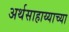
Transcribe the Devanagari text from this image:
अर्थसाहाय्याच्या